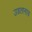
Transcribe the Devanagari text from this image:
उडतानाच